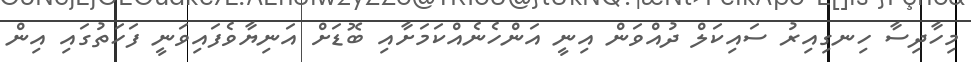
މިހާދިސާ ހިނގިއިރު ސައިކަލް ދުއްވަން އިނީ އަންހެނެއްކަމަށާއި ބޮޑަށް އަނިޔާވެފައިވަނީ ފަހަތުގައި އިން